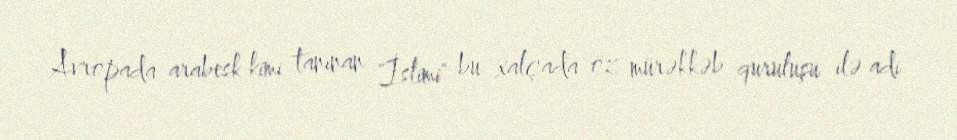
Avropada arabesk kimi tanınan "İslimi" bu xalçada öz mürəkkəb quruluşu ilə adi